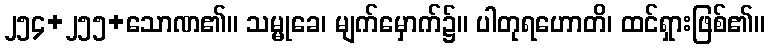
၂၅၄+၂၅၅+သောဏ၏။ သမ္မုခေ၊ မျက်မှောက်၌။ ပါတုရဟောတိ၊ ထင်ရှားဖြစ်၏။